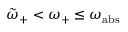
\tilde { \omega } _ { + } < \omega _ { + } \leq \omega _ { \mathrm { a b s } }